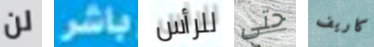
لن باشر للرأس حتى كاريف